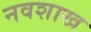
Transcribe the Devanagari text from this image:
नवशाख